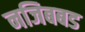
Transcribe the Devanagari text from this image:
नजिबबड